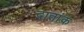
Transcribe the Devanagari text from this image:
दातांक